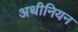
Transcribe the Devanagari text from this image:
अथीनियन